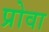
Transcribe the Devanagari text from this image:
प्रोवा